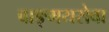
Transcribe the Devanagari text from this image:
वाङ्‌मयसेवा